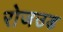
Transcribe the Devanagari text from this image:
रोजउड